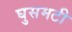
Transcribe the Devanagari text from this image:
घुसमटी